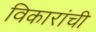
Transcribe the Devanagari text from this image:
विकारांची